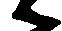
候